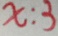
x : 3